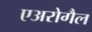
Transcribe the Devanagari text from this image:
एअरोगैल